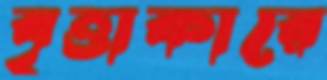
বৃত্তাকারে